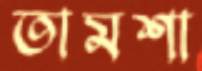
তামশা